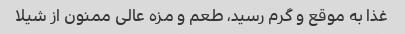
غذا به موقع و گرم رسید، طعم و مزه عالی ممنون از شیلا